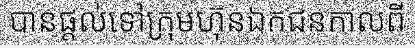
បានផ្តល់ទៅក្រុមហ៊ុនឯកជនកាលពី